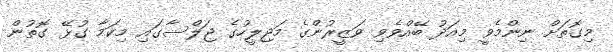
މިގޮތަށް ނިންމެވީ މިއަދު ބޭއްވެވި ވަޒީރުންގެ މަޖިލީހުގެ ޖަލްސާގައި މިކަމާ ގުޅޭ ގޮތުން